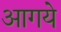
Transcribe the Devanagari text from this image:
आगये